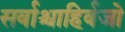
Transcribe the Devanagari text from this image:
सर्वाश्चाहिर्वजो